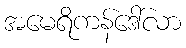
အမေရိကန်ဒေါ်လာ